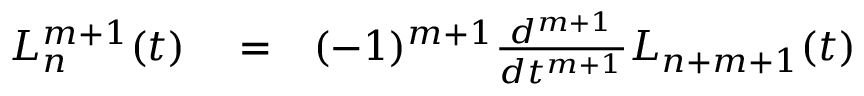
\begin{array} { r l r } { L _ { n } ^ { m + 1 } ( t ) } & { { } = } & { ( - 1 ) ^ { m + 1 } \frac { d ^ { m + 1 } } { d t ^ { m + 1 } } L _ { n + m + 1 } ( t ) } \end{array}